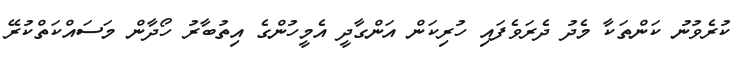
ކުރެވުނު ކަންތަކާ މެދު ދެރަވެފައި ހުރިކަން އަންގާދީ އެމީހުންގެ އިތުބާރު ހޯދާން މަސައްކަތްކުރޭ